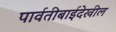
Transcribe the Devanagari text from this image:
पार्वतीबाईदेखील